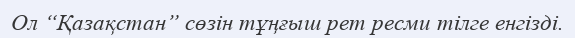
Ол “Қазақстан” сөзін тұңғыш рет ресми тілге енгізді.